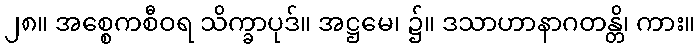
၂၈။ အစ္စေကစီဝရ သိက္ခာပုဒ်။ အဋ္ဌမေ၊ ၌။ ဒသာဟာနာဂတန္တိ၊ ကား။